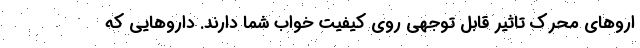
اروهای محرک تاثیر قابل‌ توجهی روی کیفیت خواب شما دارند. داروهایی که